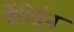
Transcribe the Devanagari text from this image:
पेंग्विंन